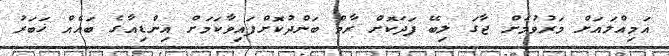
އަމިއްލައަށް މަރުވުމަށް ޖާގަ ލިބޭ ފަދަކޮށް ރާމް ބަންދުކޮށްފައިވާކަމަށް އިންޑިއާގެ ބައެއް ޚަބަރު